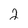
Character: 2